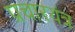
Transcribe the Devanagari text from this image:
प्रचारयंत्र